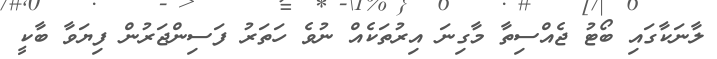
ލާނަކާގައި ބޯޓު ޖެއްސިތާ މާގިނަ އިރުތަކެއް ނުވެ ހަތަރު ފަސިންޖަރުން ފިޔަވާ ބާކީ